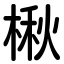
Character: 楸